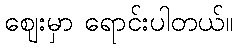
ဈေးမှာ ရောင်းပါတယ်။